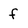
Character: f